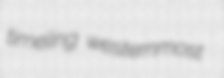
timeling westernmost